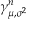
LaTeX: \gamma _ { \mu , \sigma ^ { 2 } } ^ { n }